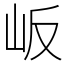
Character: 岅